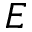
E